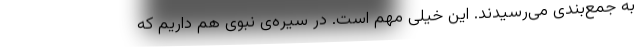
به جمع‌بندی می‌رسیدند. این خیلی مهم است. در سیره‌ی نبوی هم داریم که